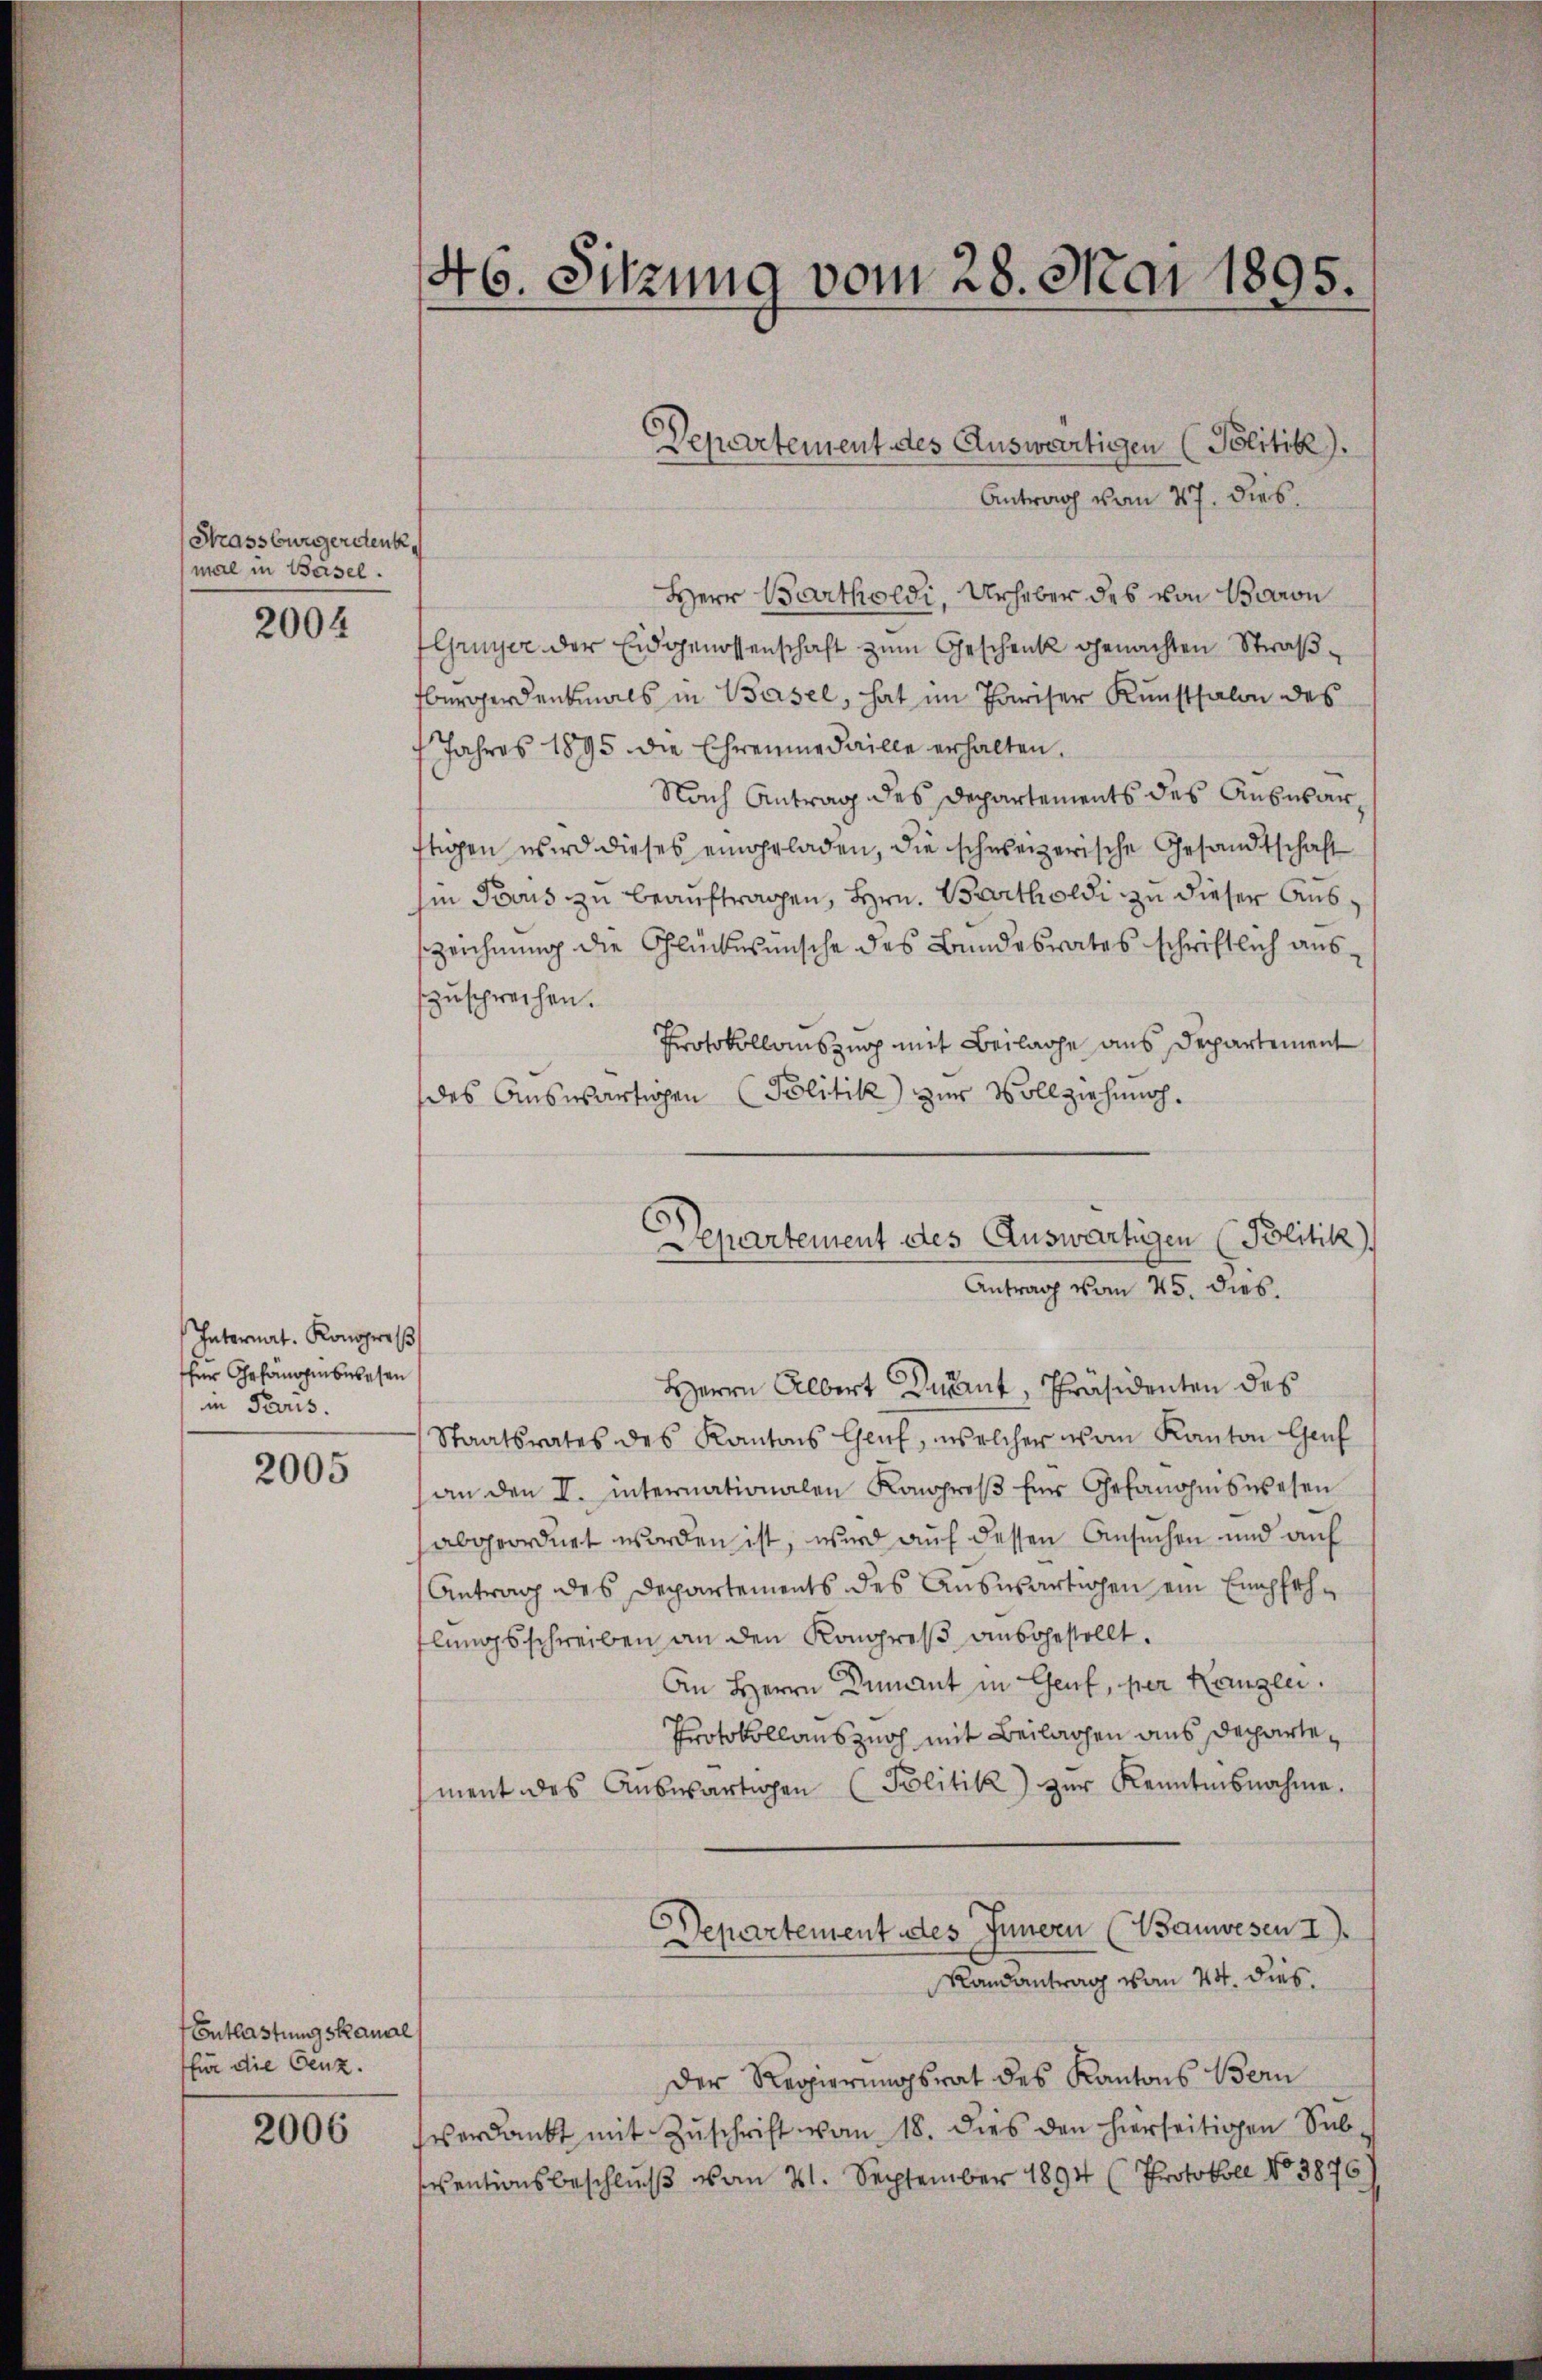
Strassburgendenk
mal in Basel.

2004

Internat. Kongres
für Gefängenswesen
in Paris.

2005

Entlastungskanal
für die Genz.

2006

46. Sitzung vom 28. Mai 1895.

Departement des Auswärtigen (Politik).
Antrag vom 27. dies
Herr Bartholdi, Urheber des von Baron
Gruyer der Eidgenossenschaft zum Geschenk genachten Straßbergerdenkmals in Basel, hat im Pariser Kunstsalon des
Jahres 1895 die Ehrenmedaille erhalten.
Nach Antrag des Departements des Ausübar,
ftigen wird dieses eingeladen, die schweizerische Gesandtschaft
in Tous zu beauftragen, Hrn. Bartholdi zu dieser Auszeichnung die Glückwünsche des Bundesrates schriftlich auszusprechen.
Protokollauszug mit Beilage aus Departement
des Auswärtigen Politik zur Vollziehung.
Herrn Albert Sument, Präsidenten des
Staatsrates des Kantons Geich, welcher vom Kanton Genf
an den I. internationalen Kongroβ für Gefanohiswesen
abgeordnet worden ist, wird auch dessen Ansuchen und auf
Antrag des Departements des Auswärtigen ein Empfehlungsschreiben an den Kongreß ausgestellt.
An Herrn Dumant in Genf, per Konglei
Protokollanszuch mit Beilagen aus departement des Aŭswärtigen Politik) zŭr Kenntnisnahme.
Departement des Innern (Bauwesen I
Randantrag vom 24. dies.
Der Regierungsrat des Kantons Bern
verdankt mit Zŭschrift vom 18. dies den hierseitigen Sub-
ventionsbeschluß vom 21. September 1894 (Protokoll No 3876

Departement des Auswärtigen Politik
Antrag vom 25. dies